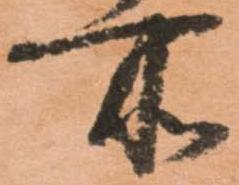
所